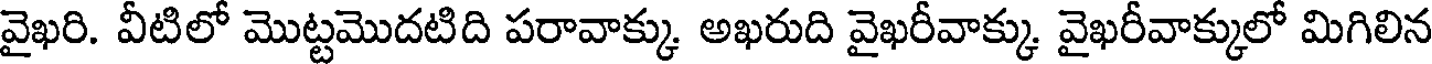
వైఖరి. వీటిలో మొట్టమొదటిది పరావాక్కు అఖరుది వైఖరీవాక్కు వైఖరీవాక్కులో మిగిలిన